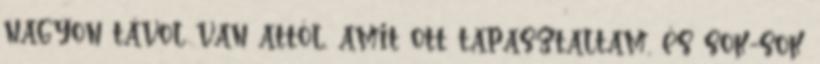
nagyon távol van attól, amit ott tapasztaltam, és sok-sok